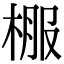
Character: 棴